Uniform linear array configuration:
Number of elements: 32
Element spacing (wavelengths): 0.75
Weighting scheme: binomial
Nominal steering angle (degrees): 30
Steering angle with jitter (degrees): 28.643
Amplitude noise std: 0.05
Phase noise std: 0.05

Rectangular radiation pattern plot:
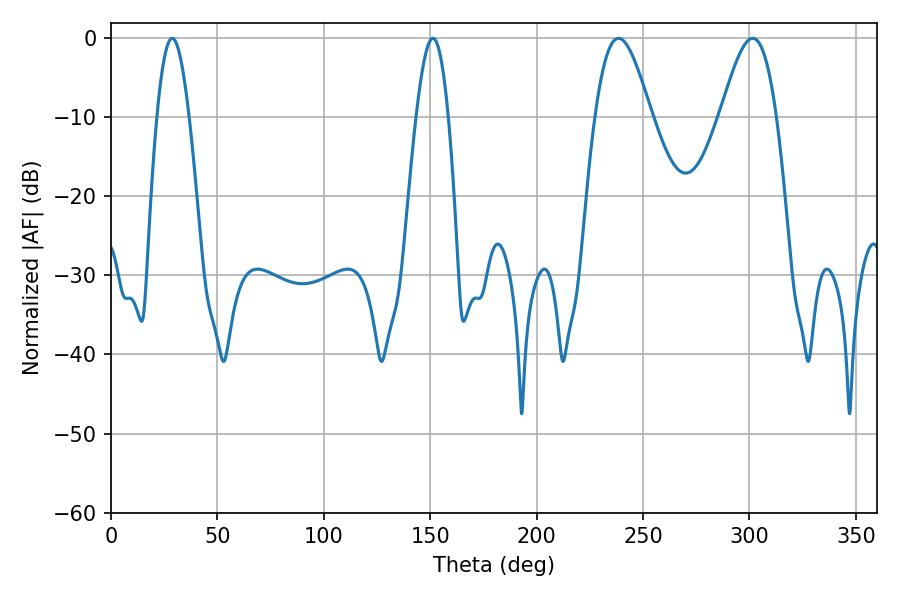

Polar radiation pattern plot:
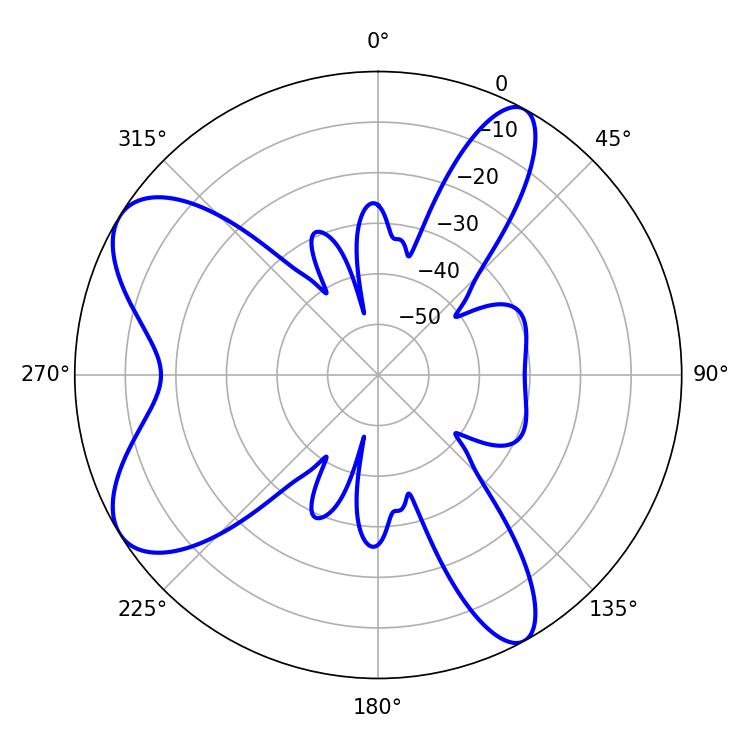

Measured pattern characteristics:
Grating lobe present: TRUE
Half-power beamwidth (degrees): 14.04
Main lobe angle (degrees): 301.5